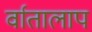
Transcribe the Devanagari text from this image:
र्वातालाप